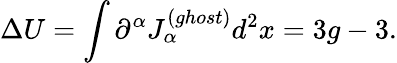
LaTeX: \Delta U=\int\partial^{\alpha}J_{\alpha}^{(ghost)}d^{2}x=3g-3.